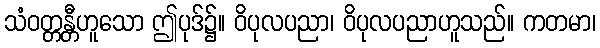
သံဝတ္တန္တီဟူသော ဤပုဒ်၌။ ဝိပုလပညာ၊ ဝိပုလပညာဟူသည်။ ကတမာ၊